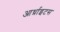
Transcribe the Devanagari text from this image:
आर्थ्राइटस